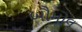
બૌમોલ